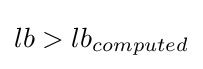
lb>lb_{computed}